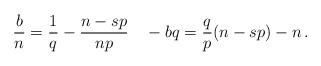
LaTeX: \begin{align*}\frac{b}{n} = \frac{1}{q} - \frac{n-sp}{np}\quad-bq=\frac q p(n-sp)-n\,.\end{align*}